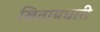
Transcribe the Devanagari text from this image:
खिताबधारी